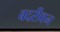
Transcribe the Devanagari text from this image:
बदरीवन